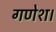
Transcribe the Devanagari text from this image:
गणेश।